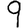
Digit: 9